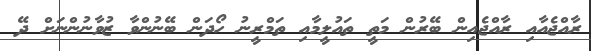
ރާއްޖެއާއި ރާއްޖެއިން ބޭރުން މަތީ ތައުލީމާއި ތަމްރީނު ހޯދަން ބޭނުންވާ ޒުވާނުންނަށް ދޭ